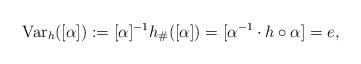
LaTeX: \begin{align*}\mbox{Var}_h([\alpha]):=[\alpha]^{-1} h_\#([\alpha])=[\alpha^{-1}\cdot h\circ\alpha]=e,\end{align*}